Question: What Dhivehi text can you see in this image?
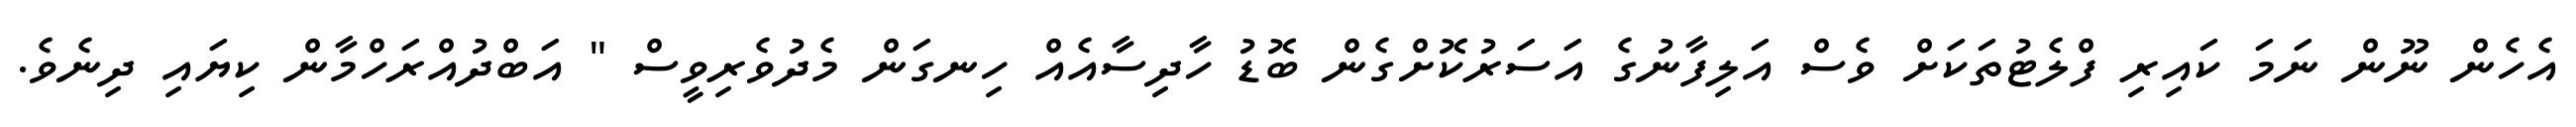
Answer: އެހެން ނޫން ނަމަ ކައިރި ފްލެޓުތަކަށް ވެސް އަލިފާނުގެ އަސަރުކޮށްގެން ބޮޑު ހާދިސާއެއް ހިނގަން މެދުވެރިވީސް " އަބްދުއްރަހްމާން ކިޔައި ދިނެވެ.